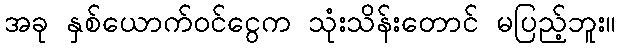
အခု နှစ်ယောက်ဝင်ငွေက သုံးသိန်းတောင် မပြည့်ဘူး။